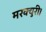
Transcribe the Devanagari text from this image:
मरक्युरी।